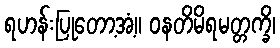
ရဟန်းပြုတော့အံ့။ ဝနတိမိရမတ္တက္ခိ၊